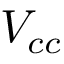
V _ { c c }